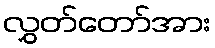
လွှတ်တော်အား